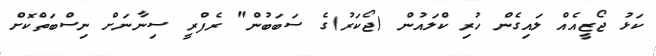
ކަޅު ޖޯޒީއެއް ލައިގެން ހުރި ކްލައުން (ޖޯކަރު)ގެ ސަބަބުން" ރެފްރީ ސިނާނަށް ނިސްބަތްކޮށް